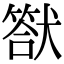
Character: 𤡿